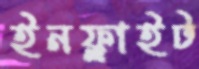
ইনফ্লাইট